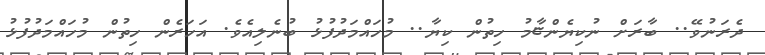
ދެރަނުވޭ.. ބާރަށް ނުކިޔެންޏާމު ހިތުން ކިޔާ.. މުހައްމަދުފުޅު ބުނެލިއެވެ. އަހަރެން ހިތުން މުހައްމަދުފުޅު